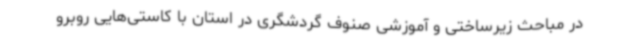
در مباحث زیرساختی و آموزشی صنوف گردشگری در استان با کاستی‌هایی روبرو